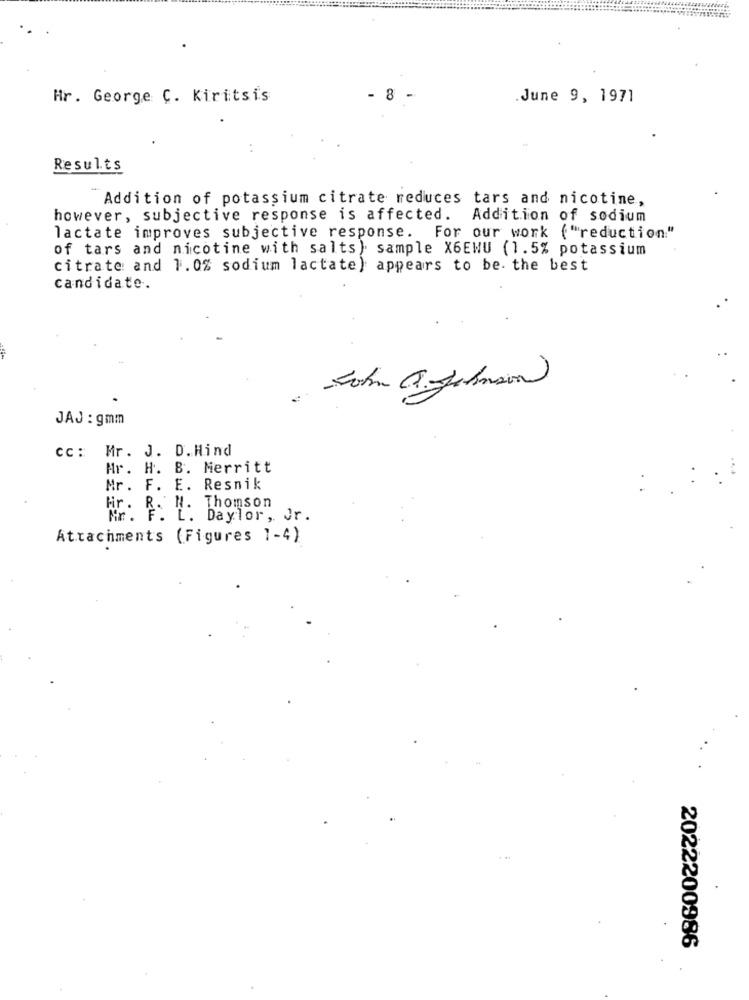
Hr. George C. Kiritsis
- 8 -
.June 9, 1971
Results
Addition of potassium citrate reduces tars and nicotine,
however, subjective response is affected. Addition of sodium
lactate improves subjective response. For our work ( "reduction."
of tars and nicotine with salts) sample X6EWU (1.5% potassium
citrate and 1. 0% sodium lactate) appears to be. the best
candidate.
JAJ : gmm
cc: Mr. J. D.Hind
Ar. H. B. Merritt
Mr. F. E. Resnik
Fir. R. N. Thomson
Mr. F. L. Daylor, Jr.
Attachments (Figures 1-4)
2022200986